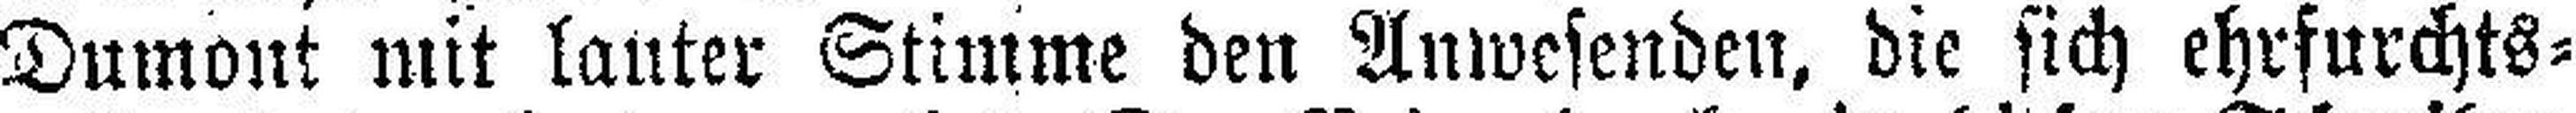
Dumont mit lauter Stimme den Anwesenden, die sich ehrfurchts¬